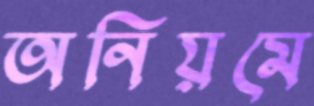
অনিয়মে